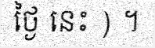
ថ្ងៃ នេះ ) ។